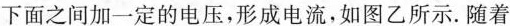
下面之间加一定的电压，形成电流，如图乙所示。随着